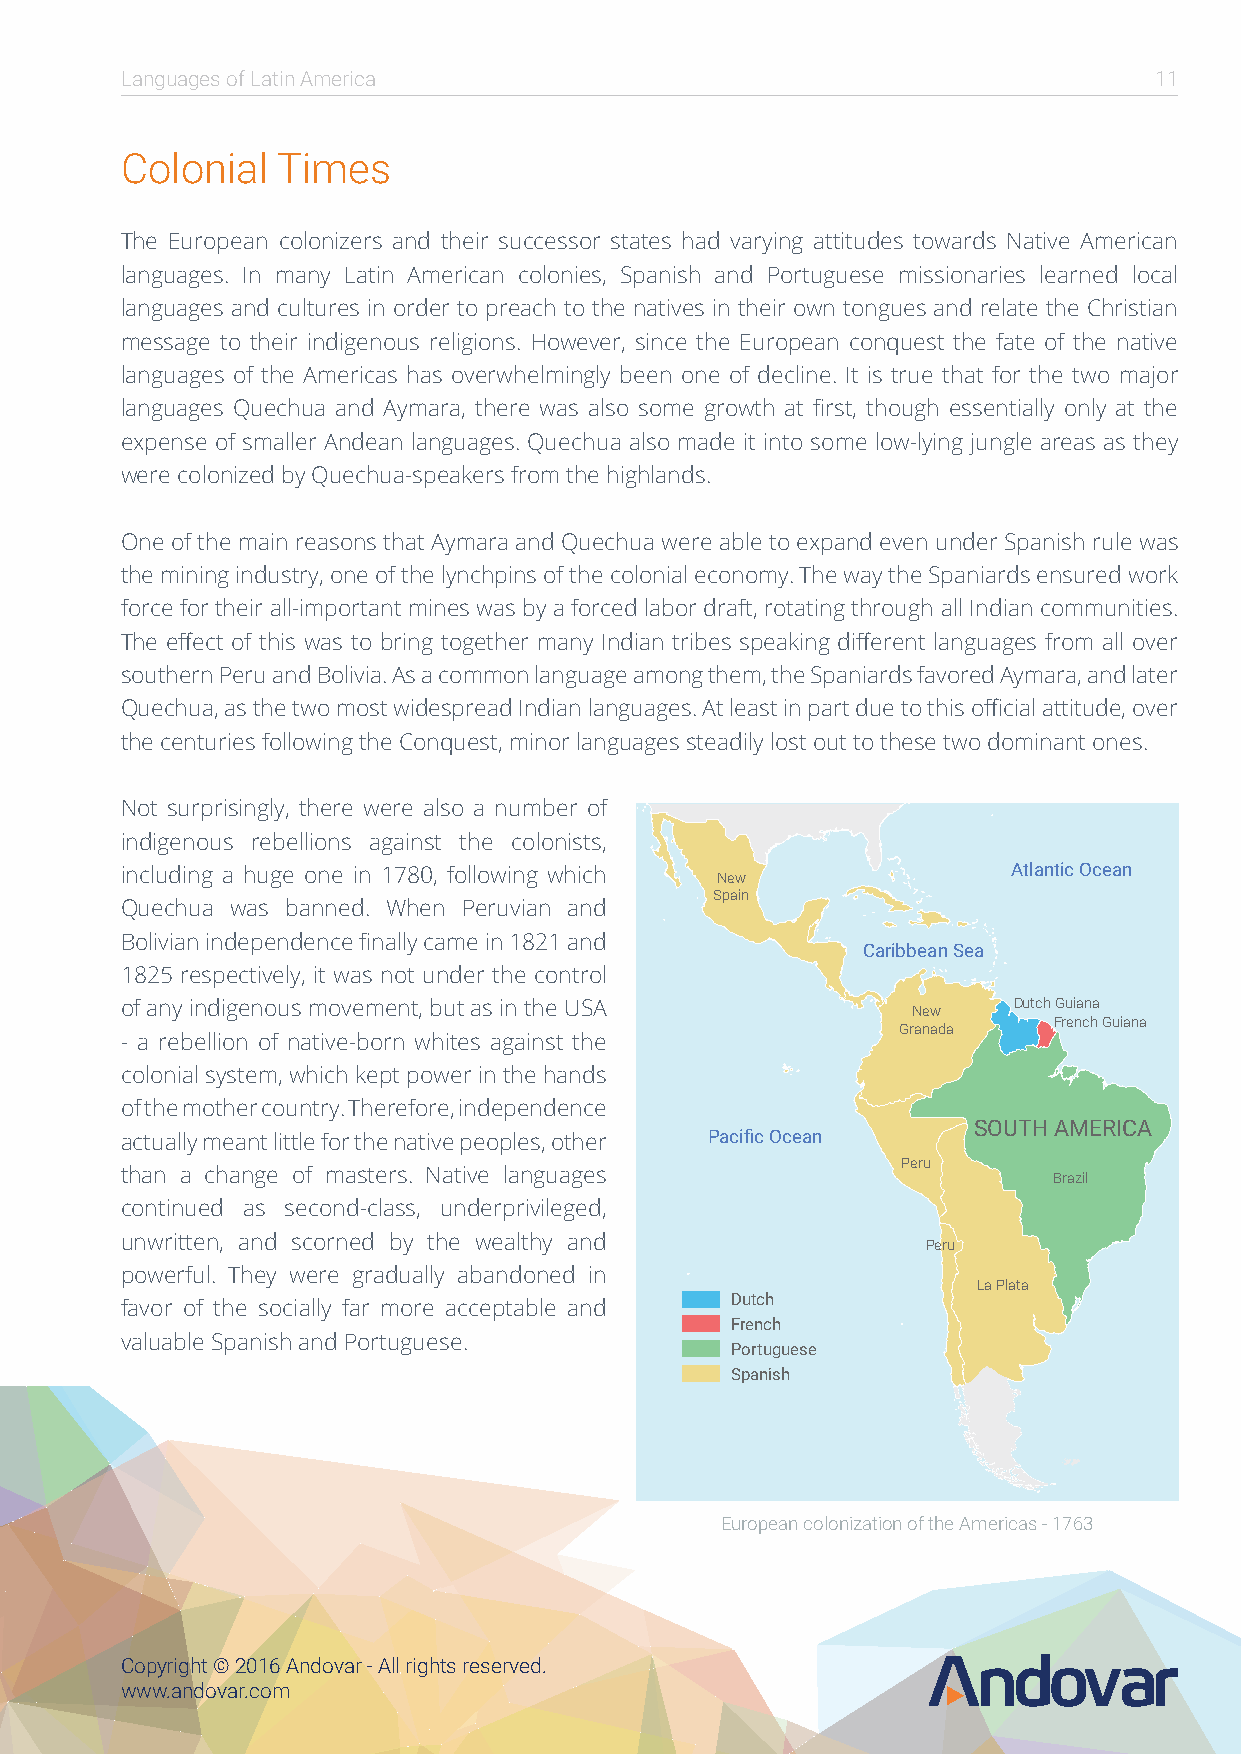
Languages of Latin America                                          11
 Colonial  Times
 The European colonizers and their successor states had varying attitudes towards Native American
 languages. In many Latin American colonies, Spanish and Portuguese missionaries learned local
 languages and cultures in order to preach to the natives in their own tongues and relate the Christian
 message to their indigenous religions. However, since the European conquest the fate of the native
 languages of the Americas has overwhelmingly been one of decline. It is true that for the two major
 languages Quechua and Aymara, there was also some growth at first, though essentially only at the
 expense of smaller Andean languages. Quechua also made it into some low-lying jungle areas as they
 were colonized by Quechua-speakers from the highlands.
 One of the main reasons that Aymara and Quechua were able to expand even under Spanish rule was
 the mining industry, one of the lynchpins of the colonial economy. The way the Spaniards ensured work
 force for their all-important mines was by a forced labor draft, rotating through all Indian communities.
 The effect of this was to bring together many Indian tribes speaking different languages from all over
 southern Peru and Bolivia. As a common language among them, the Spaniards favored Aymara, and later
 Quechua, as the two most widespread Indian languages. At least in part due to this official attitude, over
 the centuries following the Conquest, minor languages steadily lost out to these two dominant ones.
 Not surprisingly, there were also a number of
 indigenous rebellions against the colonists,
 including a huge one in 1780, following which New          Atlantic Ocean
 Spain
 Quechua was banned. When Peruvian and
 Bolivian independence finally came in 1821 and
 Caribbean Sea
 1825 respectively, it was not under the control
 of any indigenous movement, but as in the USA       New    Dutch Guiana
 French Guiana
 Granada
 - a rebellion of native-born whites against the
 colonial system, which kept power in the hands
 of the mother country. Therefore, independence
 SOUTH AMERICA
 actually meant little for the native peoples, other Pacific Ocean
 Peru
 than a change of masters. Native languages                    Brazil
 continued as second-class, underprivileged,
 unwritten, and scorned by the wealthy and            Peru
 powerful. They were gradually abandoned in
 La Plata
 Dutch
 favor of the socially far more acceptable and
 French
 valuable Spanish and Portuguese.
 Portuguese
 Spanish
 European colonization of the Americas - 1763
 Copyright © 2016 Andovar - All rights reserved.
 www.andovar.com